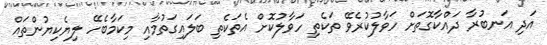
އަދި އަނބުރާ ދައްކާގޮތަށް ހަވާލުކުރެވޭ ތަކެތި ހަވާލުކޮށް އެތަކެތި ބަލައިގަތުމާއި މިކަމާބެހޭ ލިޔެކިޔުންތައް